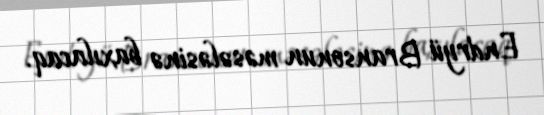
Endryü Bransonun məsələsinə baxılacaq.